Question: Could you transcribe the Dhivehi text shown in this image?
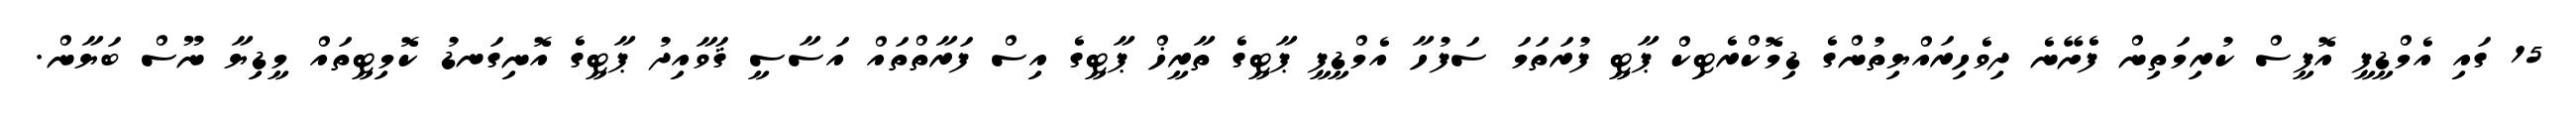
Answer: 15 ގައި އެމްޑީޕީ އޮފީސް ކުރިމަތިން ފެށޭނެ ދިވެހިރައްޔިތުންގެ ޑިމޮކްރެޓިކް ޕާޓީ ފުރަތަމަ ސަފުހާ އެމްޑީޕީ ޕާޓީގެ ތާރީޚް ޕާޓީގެ އިސް ފަރާތްތައް އަސާސީ ޤަވާއިދު ޕާޓީގެ އޮނިގަނޑު ކޮމިޓީތައް މީޑިޔާ ނޫސް ބަޔާން.